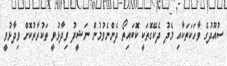
ސުއޫދުގެ ވާހަކަތަކާއި މެދު ދެކޭގޮތަކީ ކޮބައިތޯ ދެންނެވުމުން ނަޝީދު ވިދާޅުވީ ތަކުރާރުކޮށް ވިދާޅުވީ